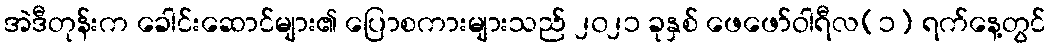
အဲဒီတုန်းက ခေါင်းဆောင်များ၏ ပြောစကားများသည် ၂၀၂၁ ခုနှစ် ဖေဖော်ဝါရီလ(၁) ရက်နေ့တွင်